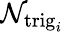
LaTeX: \mathcal{N}_{{\mathrm{{trig}}_{i}}}